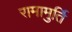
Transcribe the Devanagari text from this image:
रामामुर्ति